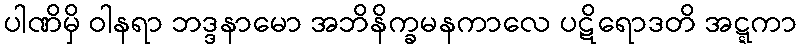
ပါဏိမှိ ဝါနရာ ဘဒ္ဒနာမော အဘိနိက္ခမနကာလေ ပဋိရောဒတိ အဋ္ဋကာ